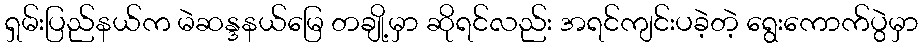
ရှမ်းပြည်နယ်က မဲဆန္ဒနယ်မြေ တချို့မှာ ဆိုရင်လည်း အရင်ကျင်းပခဲ့တဲ့ ရွေးကောက်ပွဲမှာ